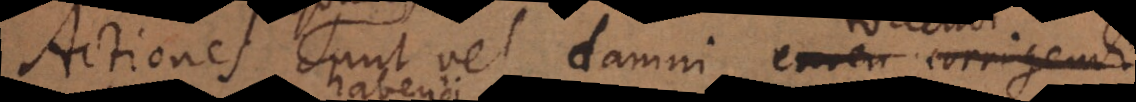
personales sunt vel damni emen corrigendi